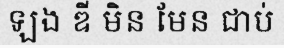
ឡង ឌី មិន មែន ជាប់